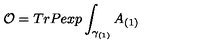
{ \cal O } = T r P e x p \int _ { \gamma _ { ( 1 ) } } A _ { ( 1 ) }